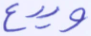
ويدع